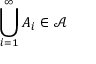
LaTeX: \bigcup _ { i = 1 } ^ { \infty } A _ { i } \in { \mathcal { A } }